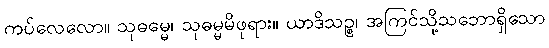
ကပ်လေလော။ သုဓမ္မေ၊ သုဓမ္မမိဖုရား။ ယာဒိသဉ္စ၊ အကြင်သို့သဘောရှိသော